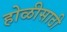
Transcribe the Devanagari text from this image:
होळीसाठी